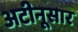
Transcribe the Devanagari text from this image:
अटीनूसार